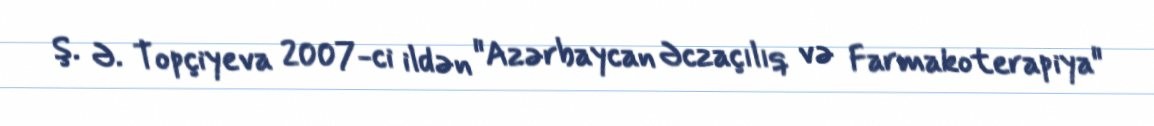
Ş. Ə. Topçiyeva 2007-ci ildən "Azərbaycan Əczaçılıq və Farmakoterapiya"